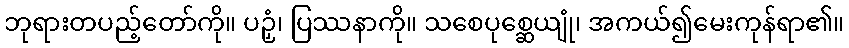
ဘုရားတပည့်တော်ကို။ ပဉှံ၊ ပြဿနာကို။ သစေပုစ္ဆေယျုံ၊ အကယ်၍မေးကုန်ရာ၏။